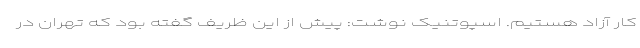
کار آزاد هستیم. اسپوتنیک نوشت: پیش از این ظریف گفته بود که تهران در